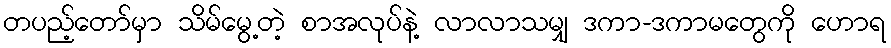
တပည့်တော်မှာ သိမ်မွေ့တဲ့ စာအလုပ်နဲ့ လာလာသမျှ ဒကာ-ဒကာမတွေကို ဟောရ